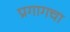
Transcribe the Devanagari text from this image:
प्रगागचा